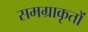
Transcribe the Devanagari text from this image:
समग्राकृतों